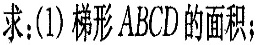
求:(1)梯形ABCD的面积;